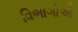
વિભાગોએ